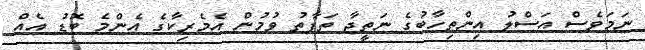
ނަމަވެސް އަސްލު އިންތިހާބުގެ ނަތީޖާ ތަފާތު ވުމުން އެމެރިކާގެ އެންމެ ބޮޑު އެއް